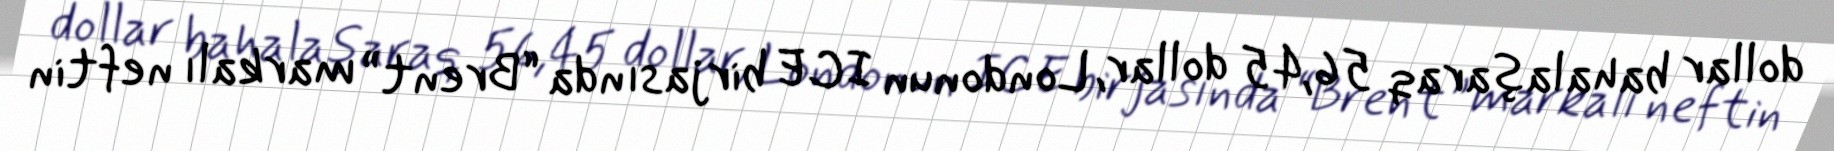
dollar bahalaşaraq 56,45 dollar, Londonun ICE birjasında “Brent” markalı neftin